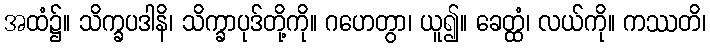
အထံ၌။ သိက္ခပဒါနိ၊ သိက္ခာပုဒ်တို့ကို။ ဂဟေတွာ၊ ယူ၍။ ခေတ္ထံ၊ လယ်ကို။ ကဿတိ၊